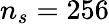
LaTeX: n_{s}=256